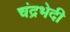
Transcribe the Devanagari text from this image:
चंद्रभेदी